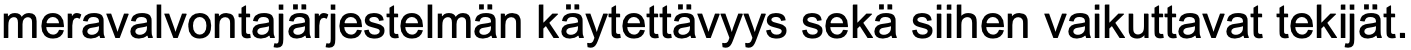
meravalvontajärjestelmän käytettävyys sekä siihen vaikuttavat tekijät.